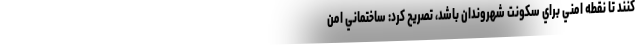
کنند تا نقطه امني براي سكونت شهروندان باشد، تصریح کرد: ساختماني امن